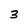
Character: 3